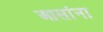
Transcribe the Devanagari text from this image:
आसांना